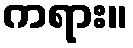
ကရား။